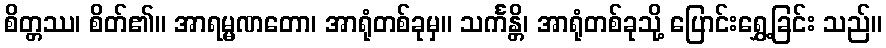
စိတ္တဿ၊ စိတ်၏။ အာရမ္မဏတော၊ အာရုံတစ်ခုမှ။ သင်္ကန္တိ၊ အာရုံတစ်ခုသို့ ပြောင်းရွှေ့ခြင်း သည်။